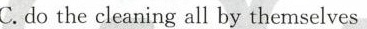
C.do the cleaning all by themselves